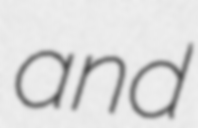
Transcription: and